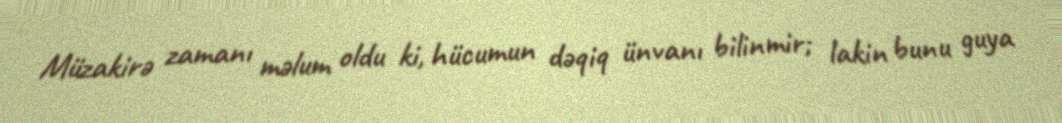
Müzakirə zamanı məlum oldu ki, hücumun dəqiq ünvanı bilinmir; lakin bunu guya